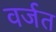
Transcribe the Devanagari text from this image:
वर्जत